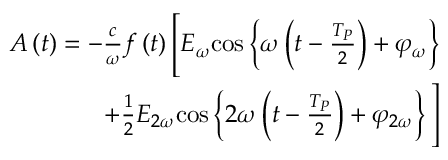
\begin{array} { r } { A \left( t \right) = - \frac { c } { \omega } f \left( t \right) \Bigg [ E _ { \omega } { \cos } \left\{ \omega \left( t - \frac { T _ { P } } { 2 } \right) + \varphi _ { \omega } \right\} } \\ { + \frac { 1 } { 2 } E _ { 2 \omega } { \cos } \left\{ 2 \omega \left( t - \frac { T _ { P } } { 2 } \right) + \varphi _ { 2 \omega } \right\} \Bigg ] } \end{array}